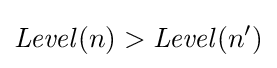
{\mathit {Level}}(n)>{\mathit {Level}}(n')